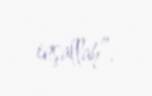
inşallah”.